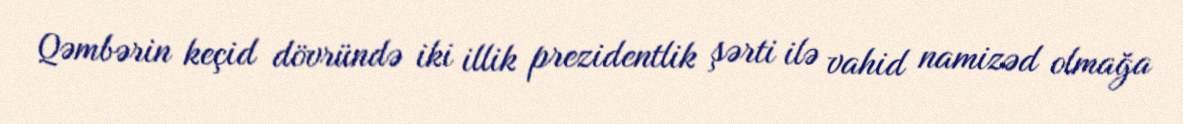
Qəmbərin keçid dövründə iki illik prezidentlik şərti ilə vahid namizəd olmağa